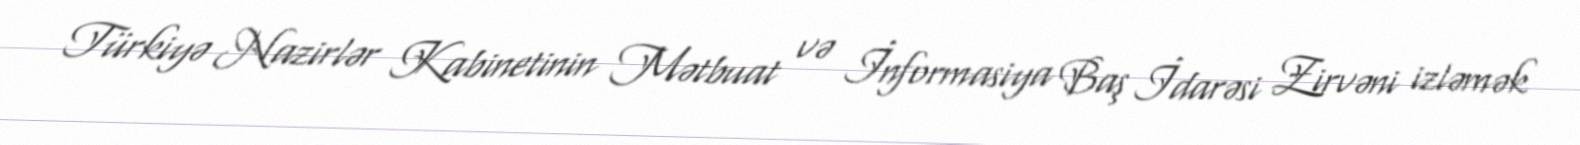
Türkiyə Nazirlər Kabinetinin Mətbuat və İnformasiya Baş İdarəsi Zirvəni izləmək